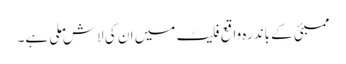
ممبئی کے باندرہ واقع فلیٹ میں ان کی لاش ملی ہے۔